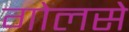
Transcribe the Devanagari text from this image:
गोलसे